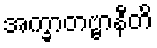
အက္ခာတဗ္ဗာနီတိ